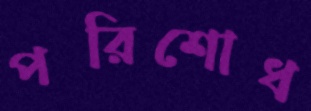
পরিশোধ